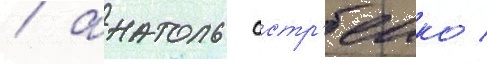
/ анатоль астр'еико /